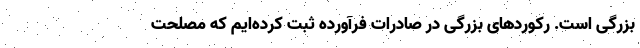
بزرگی است. رکوردهای بزرگی در صادرات فرآورده ثبت کرده‌ایم که مصلحت